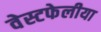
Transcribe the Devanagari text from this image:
वेस्टफेलीया